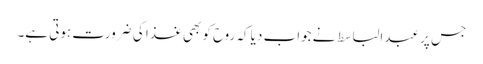
جس پر عبدالباسط نے جواب دیا کہ روح کو بھی غذا کی ضرورت ہوتی ہے۔